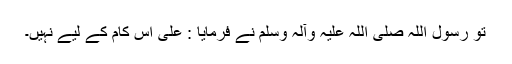
تو رسول اللہ صلی اللہ علیہ وآلہ وسلم نے فرمایا : علی اس کام کے لیے نہیں۔